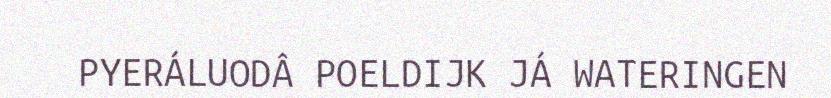
PYERÁLUODÂ POELDIJK JÁ WATERINGEN